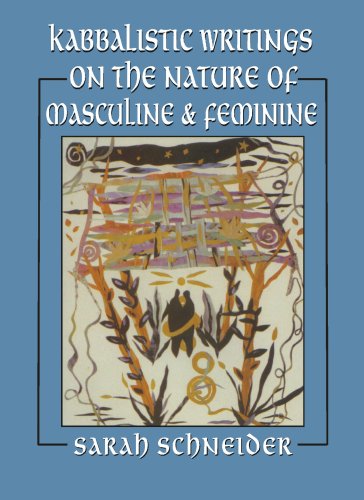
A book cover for Kabbalistic Writings on the Nature of Masculine and Feminine; Sarah Schneider; Religion & Spirituality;